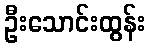
ဦးသောင်းထွန်း